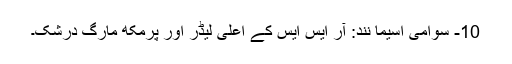
10- سوامی اسیما نند: آر ایس ایس کے اعلیٰ لیڈر اور پرمکھ مارگ درشک۔